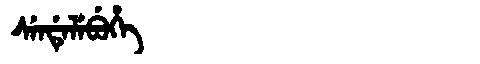
Manchu: ᠰᡝᠨᡩᡝᠯᡝᠪᡠᡥᡝ
Romanization: SENDELEBUHE